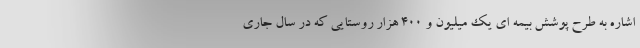
اشاره به طرح پوشش بیمه ای یک میلیون و ۴۰۰ هزار روستایی که در سال جاری